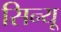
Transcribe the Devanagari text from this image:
सिन्यू